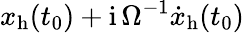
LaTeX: x_{\mathrm{h}}(t_{0})+\mathrm{i}\, \Omega^{-1}{\dot{x}}_{\mathrm{h}}(t_{0})